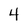
Character: 4